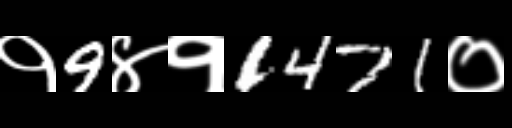
Text: १9४१1471०